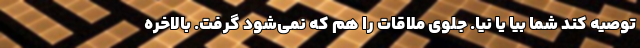
توصیه کند شما بیا یا نیا. جلوی ملاقات را هم که نمی‌شود گرفت. بالاخره